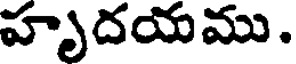
హృదయము.